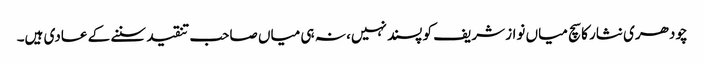
چودھری نثار کا سچ میاں نواز شریف کو پسند نہیں، نہ ہی میاں صاحب تنقید سننے کے عادی ہیں۔